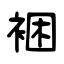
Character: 裍